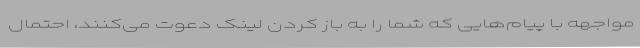
مواجهه با پیام‌هایی که شما را به باز کردن لینک دعوت می‌کنند، احتمال